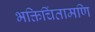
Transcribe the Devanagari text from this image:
भक्तिचिंतामणि